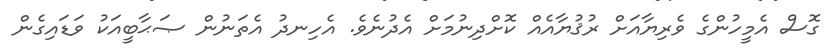
ގޮސް އެމީހުންގެ ވެރިޔާއަށް ރުޤުޔާއެއް ކޮށްދިނުމަށް އެދުނެވެ. އެހިނދު އެތަނުން ޞަޙާބީއަކު ވަޑައިގެން